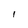
Character: 1